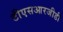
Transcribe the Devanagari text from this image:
टीएसआरजीडी